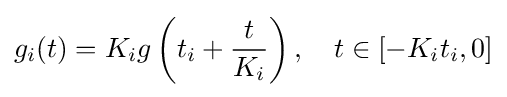
g_{i}(t)=K_{i}g\left(t_{i}+{\frac {t}{K_{i}}}\right),\quad t\in [-K_{i}t_{i},0]